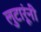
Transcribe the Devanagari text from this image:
लुटारूंनी